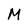
Character: M